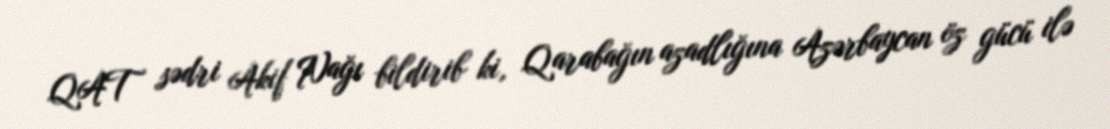
QAT sədri Akif Nağı bildirib ki, Qarabağın azadlığına Azərbaycan öz gücü ilə